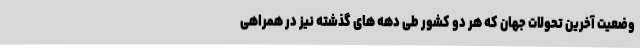
وضعیت آخرین تحولات جهان که هر دو کشور طی دهه های گذشته نیز در همراهی